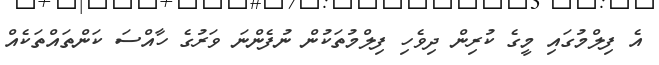
އެ ފިލްމުގައި މީގެ ކުރިން ދިވެހި ފިލްމުތަކުން ނުފެންނަ ވަރުގެ ހާއްސަ ކަންތައްތަކެއް